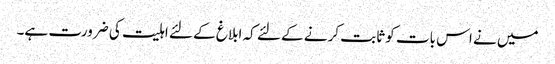
میں نے اس بات کو ثابت کرنے کے لئے کہ ابلاغ کے لئے اہلیت کی ضرورت ہے۔